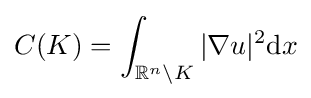
C(K)=\int _{\mathbb {R} ^{n}\setminus K}|\nabla u|^{2}\mathrm {d} x